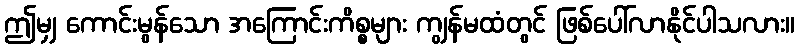
ဤမျှ ကောင်းမွန်သော အကြောင်းကိစ္စများ ကျွန်မထံတွင် ဖြစ်ပေါ်လာနိုင်ပါသလား။